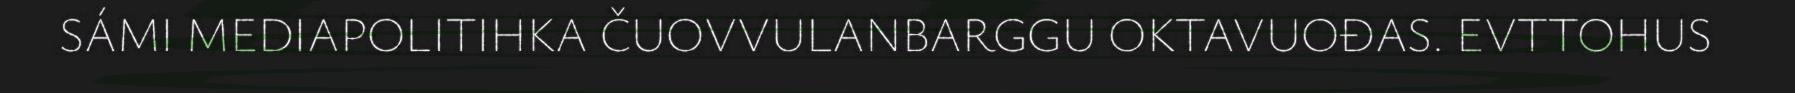
SÁMI MEDIAPOLITIHKA ČUOVVULANBARGGU OKTAVUOĐAS. EVTTOHUS